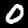
Digit: 0